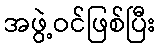
အဖွဲ့ဝင်ဖြစ်ပြီး